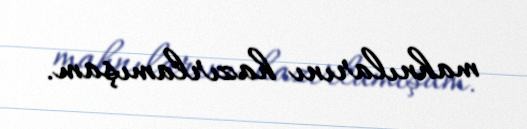
mahnılarını hazırlamışam.